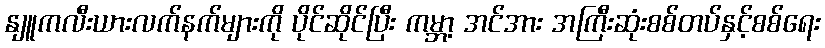
နျူကလီးယားလက်နက်များကို ပိုင်ဆိုင်ပြီး ကမ္ဘာ့ အင်အား အကြီးဆုံးစစ်တပ်နှင့်စစ်ရေး